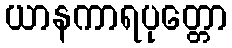
ယာနကာရပုတ္တော